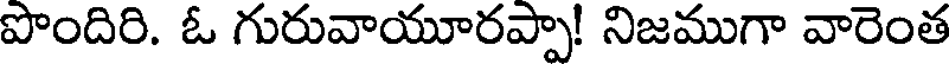
పొందిరి. ఓ గురువాయూరప్పా! నిజముగా వారెంత